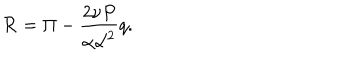
LaTeX: { \cal R } = \Pi - \frac { 2 \nu P } { \alpha { \cal L } ^ { 2 } } q .